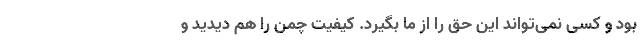
بود و کسی نمی‌تواند این حق را از ما بگیرد. کیفیت چمن را هم دیدید و